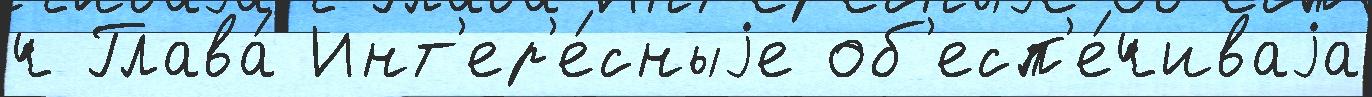
ч Глава́ Инт'ер'е́сныjе об'есп'е́чиваjа